Civil Veterinary Dept. Assam report 1927-50 - 1927-1950
Year: 1927
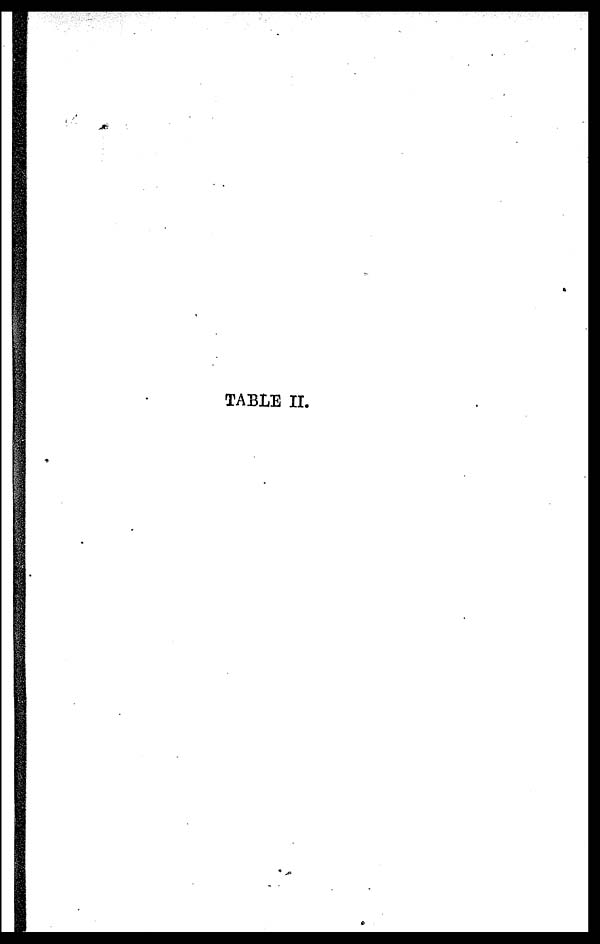
TABLE II.